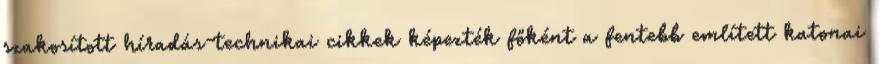
szakosított híradás-technikai cikkek képezték főként a fentebb említett katonai